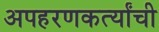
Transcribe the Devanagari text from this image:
अपहरणकर्त्यांची